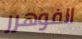
الفوهرر